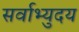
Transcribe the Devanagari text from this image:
सर्वाभ्युदय